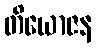
တိယောဇန